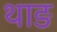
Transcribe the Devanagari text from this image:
थाङ